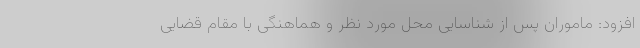
افزود: ماموران پس از شناسایی محل مورد نظر و هماهنگی با مقام قضایی